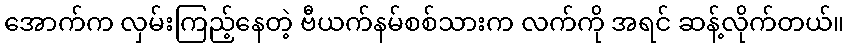
အောက်က လှမ်းကြည့်နေတဲ့ ဗီယက်နမ်စစ်သားက လက်ကို အရင် ဆန့်လိုက်တယ်။